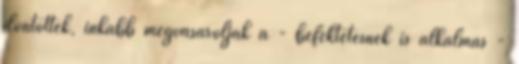
döntöttek, inkább megvásárolják a - befektetésnek is alkalmas -